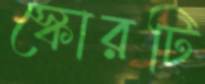
স্কোরটি